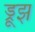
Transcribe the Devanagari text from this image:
ड्रूझ